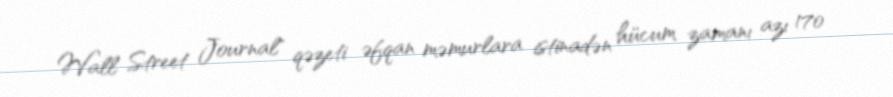
Wall Street Journal" qəzeti əfqan məmurlara istinadən hücum zamanı azı 170